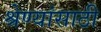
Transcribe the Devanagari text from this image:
श्रेण्यांसाठी